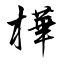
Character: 樺